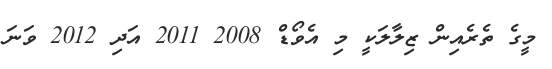
މީގެ ތެރެއިން ޒިލާލަކީ މި އެވޯޑް 2008 2011 އަދި 2012 ވަނަ